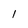
Character: 1